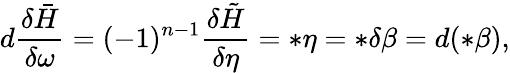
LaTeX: d\frac{\delta\bar{H}}{\delta\omega}=(-1)^{n-1}\frac{\delta\tilde{H}}{\delta\eta}=\ast\eta=\ast\delta\beta=d(\ast\beta),